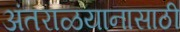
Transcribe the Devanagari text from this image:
अंतराळयानासाठी